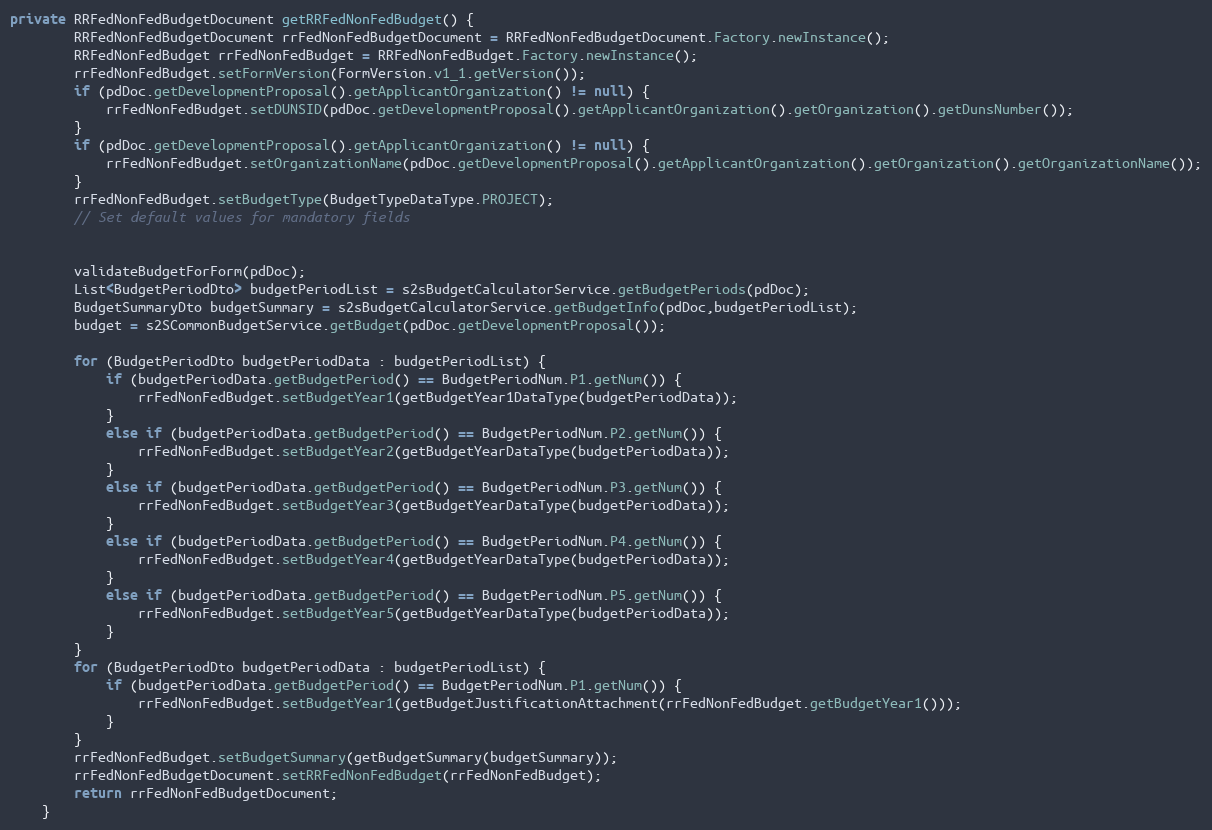
Language: Java
private RRFedNonFedBudgetDocument getRRFedNonFedBudget() {
        RRFedNonFedBudgetDocument rrFedNonFedBudgetDocument = RRFedNonFedBudgetDocument.Factory.newInstance();
        RRFedNonFedBudget rrFedNonFedBudget = RRFedNonFedBudget.Factory.newInstance();
        rrFedNonFedBudget.setFormVersion(FormVersion.v1_1.getVersion());
        if (pdDoc.getDevelopmentProposal().getApplicantOrganization() != null) {
            rrFedNonFedBudget.setDUNSID(pdDoc.getDevelopmentProposal().getApplicantOrganization().getOrganization().getDunsNumber());
        }
        if (pdDoc.getDevelopmentProposal().getApplicantOrganization() != null) {
            rrFedNonFedBudget.setOrganizationName(pdDoc.getDevelopmentProposal().getApplicantOrganization().getOrganization().getOrganizationName());
        }
        rrFedNonFedBudget.setBudgetType(BudgetTypeDataType.PROJECT);
        // Set default values for mandatory fields

        validateBudgetForForm(pdDoc);
        List<BudgetPeriodDto> budgetPeriodList = s2sBudgetCalculatorService.getBudgetPeriods(pdDoc);
        BudgetSummaryDto budgetSummary = s2sBudgetCalculatorService.getBudgetInfo(pdDoc,budgetPeriodList);
        budget = s2SCommonBudgetService.getBudget(pdDoc.getDevelopmentProposal());

        for (BudgetPeriodDto budgetPeriodData : budgetPeriodList) {
            if (budgetPeriodData.getBudgetPeriod() == BudgetPeriodNum.P1.getNum()) {
                rrFedNonFedBudget.setBudgetYear1(getBudgetYear1DataType(budgetPeriodData));
            }
            else if (budgetPeriodData.getBudgetPeriod() == BudgetPeriodNum.P2.getNum()) {
                rrFedNonFedBudget.setBudgetYear2(getBudgetYearDataType(budgetPeriodData));
            }
            else if (budgetPeriodData.getBudgetPeriod() == BudgetPeriodNum.P3.getNum()) {
                rrFedNonFedBudget.setBudgetYear3(getBudgetYearDataType(budgetPeriodData));
            }
            else if (budgetPeriodData.getBudgetPeriod() == BudgetPeriodNum.P4.getNum()) {
                rrFedNonFedBudget.setBudgetYear4(getBudgetYearDataType(budgetPeriodData));
            }
            else if (budgetPeriodData.getBudgetPeriod() == BudgetPeriodNum.P5.getNum()) {
                rrFedNonFedBudget.setBudgetYear5(getBudgetYearDataType(budgetPeriodData));
            }
        }
        for (BudgetPeriodDto budgetPeriodData : budgetPeriodList) {
            if (budgetPeriodData.getBudgetPeriod() == BudgetPeriodNum.P1.getNum()) {
                rrFedNonFedBudget.setBudgetYear1(getBudgetJustificationAttachment(rrFedNonFedBudget.getBudgetYear1()));
            }
        }
        rrFedNonFedBudget.setBudgetSummary(getBudgetSummary(budgetSummary));
        rrFedNonFedBudgetDocument.setRRFedNonFedBudget(rrFedNonFedBudget);
        return rrFedNonFedBudgetDocument;
    }